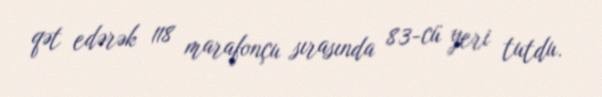
qət edərək 118 marafonçu sırasında 83-cü yeri tutdu.